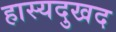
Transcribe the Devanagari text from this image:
हास्यदुखद